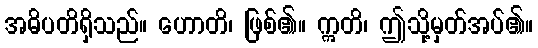
အဓိပတိရှိသည်။ ဟောတိ၊ ဖြစ်၏။ ဣတိ၊ ဤသို့မှတ်အပ်၏။